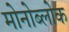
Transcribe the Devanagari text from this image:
मोनोब्लोक